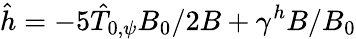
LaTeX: \hat{h}=-5\hat{T}_{0,\psi}B_{0}/2B+\gamma^{h}B/B_{0}